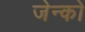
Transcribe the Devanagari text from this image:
जेन्को